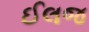
ઈલજ